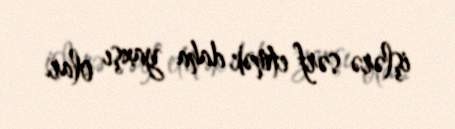
işlərə sərf etmək daha yaxşı olar.